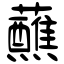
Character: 蘸